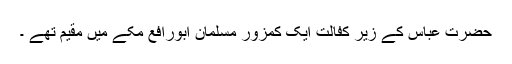
حضرت عباس کے زیر کفالت ایک کمزور مسلمان ابورافع مکے میں مقیم تھے ۔